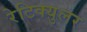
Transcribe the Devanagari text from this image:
रेटिक्युलर